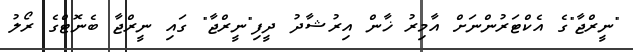
"ނީރްޖާ"ގެ އެކްޓަރުންނަށް އާމިރު ޚާން އިރުޝާދު ދީފި"ނީރްޖާ" ގައި ނީރްޖާ ބެނޮޓްގެ ރޯލު